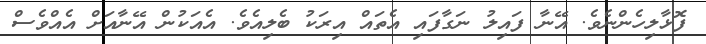
ފޮޅާލިހެންނެވެ. އޭނާ ފައިލު ނަގާފައި އެތައް އިރަކު ބެލިއެވެ. އެއަކުން އޭނާއަށް އެއްވެސް